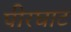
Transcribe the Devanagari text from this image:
पीरघाट